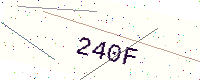
Text: 240F